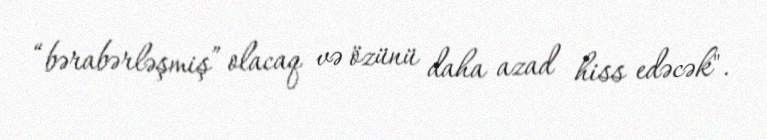
“bərabərləşmiş” olacaq və özünü daha azad hiss edəcək".